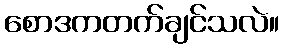
စောဒကတက်ချင်သလဲ။